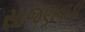
સાજણવાડા